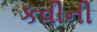
કવીની